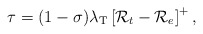
\begin{align*} \tau = (1-\sigma) \lambda_\textrm{T} \left[ \mathcal{R}_t - \mathcal{R}_e \right]^{+},\end{align*}